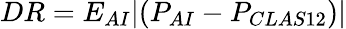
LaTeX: DR=E_{AI}|(P_{AI}-P_{CLAS12})|